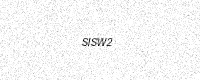
Text: SISW2